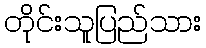
တိုင်းသူပြည်သား